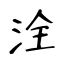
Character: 洤